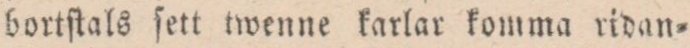
bortſtals ſett twenne karlar komma ridan=